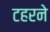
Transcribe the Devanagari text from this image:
टहरने